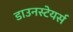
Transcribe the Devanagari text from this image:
डाउनस्टेयर्स